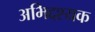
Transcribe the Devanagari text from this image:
अभिद्दश्यक